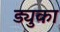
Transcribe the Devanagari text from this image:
ड्युका